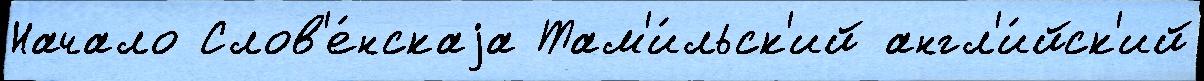
Начало Слов'е́нскаjа Там'и́льск'ий англ'и́йск'ий